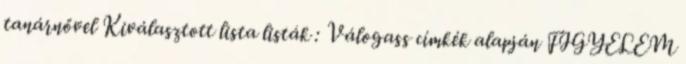
tanárnővel Kiválasztott lista listák : Válogass címkék alapján FIGYELEM